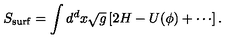
S _ { \mathrm { s u r f } } = \int d ^ { d } x \sqrt { g } \left[ 2 H - U ( \phi ) + \cdots \right] .